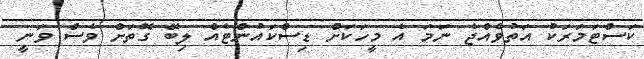
ކަސްޓަމަރަކު އަތުވެއްޖެ ނަމަ އެ މީހަކަށް ޑިސްކައުންޓެއް ލިބޭ ގޮތަށް ވެސް ވަނީ